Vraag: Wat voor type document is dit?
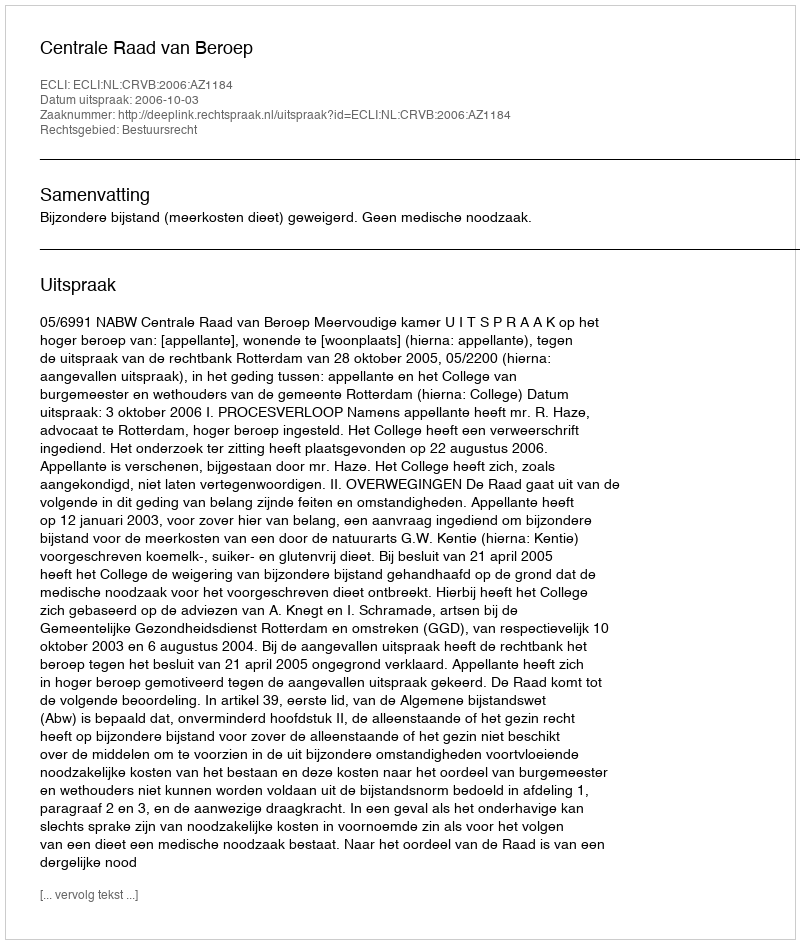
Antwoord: Uitspraak